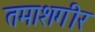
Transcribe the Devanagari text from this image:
तमाशगीर